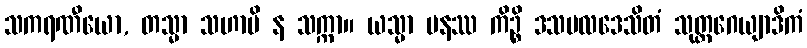
သကရဏီယော, တသ္မာ သဟာပိ န သက္ကာ။ ယသ္မာ ပနဿ ကိဉ္စိ ဒသဗလဒေသိတံ သုတ္တဂေယျာဒိကံ